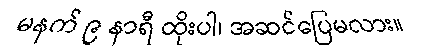
မနက် ၉ နာရီ ထိုးပါ၊ အဆင်ပြေမလား။